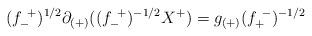
LaTeX: \begin{align*} (f^{~+}_{-})^{1/2} \partial_{(+)} ((f^{~+}_{-})^{-1/2} X^+) = g_{(+)} (f^{~-}_{+})^{-1/2}\end{align*}